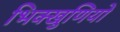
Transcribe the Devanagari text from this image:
भिक्खुणियों